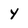
Character: Y